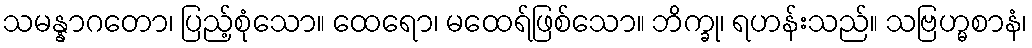
သမန္နာဂတော၊ ပြည့်စုံသော။ ထေရော၊ မထေရ်ဖြစ်သော။ ဘိက္ခု၊ ရဟန်းသည်။ သဗြဟ္မစာနံ၊